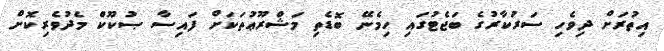
އިތުރަށް ދިވެހި ސަރުކާރުގެ ބަޖެޓުގައި ހިމެނޭ ބޮޑެތި މަޝްރޫޢުތަކަށް ފައިސާ ޞުކޫކް މެދުވެރިކޮށް